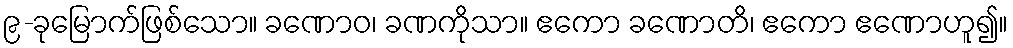
၉-ခုမြောက်ဖြစ်သော။ ခဏောဝ၊ ခဏကိုသာ။ ဧကော ခဏောတိ၊ ဧကော ဧဏောဟူ၍။